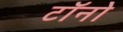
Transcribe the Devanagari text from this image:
टॉनो